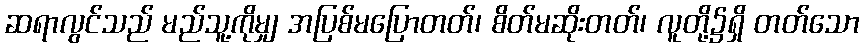
ဆရာလွင်သည် မည်သူ့ကိုမျှ အပြစ်မပြောတတ်၊ စိတ်မဆိုးတတ်၊ လူတို့၌ရှိ တတ်သော